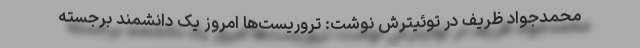
محمدجواد ظریف در توئیترش نوشت: تروریست‌ها امروز یک دانشمند برجسته